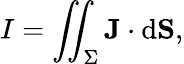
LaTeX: I=\iint_{\Sigma}\mathbf{J}\cdot\mathrm{d}\mathbf{S},